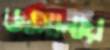
জামানায়